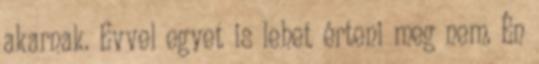
akarnak. Evvel egyet is lehet érteni meg nem. Én